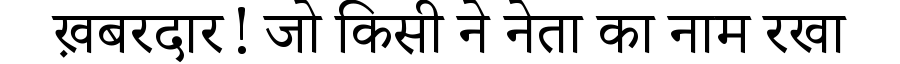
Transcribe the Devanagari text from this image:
ख़बरदार! जो किसी ने नेता का नाम रखा